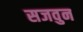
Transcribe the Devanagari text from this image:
सजवुन